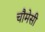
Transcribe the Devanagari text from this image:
चौमेसी